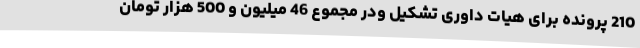
210 پرونده برای هیات داوری تشکیل ودر مجموع 46 میلیون و 500 هزار تومان